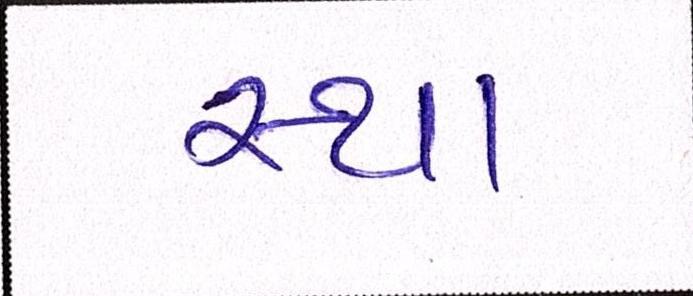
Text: સ્થા